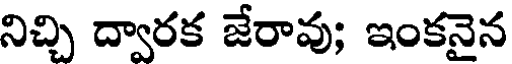
నిచ్చి ద్వారక జేరావు; ఇంకనైన